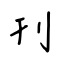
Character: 刊